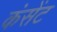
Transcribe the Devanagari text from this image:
कंसेंट